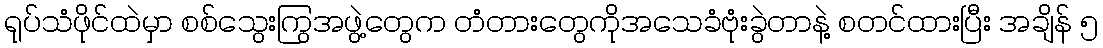
ရုပ်သံဖိုင်ထဲမှာ စစ်သွေးကြွအဖွဲ့တွေက တံတားတွေကိုအသေခံဗုံးခွဲတာနဲ့ စတင်ထားပြီး အချိန် ၅